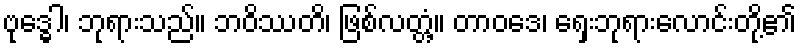
ဗုဒ္ဓေါ၊ ဘုရားသည်။ ဘဝိဿတိ၊ ဖြစ်လတ္တံ့။ တာဝဒေ၊ ရှေးဘုရားလောင်းတို့၏